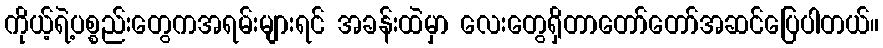
ကိုယ့်ရဲ့ပစ္စည်းတွေကအရမ်းများရင် အခန်းထဲမှာ လေးတွေရှိတာတော်တော်အဆင်ပြေပါတယ်။